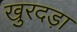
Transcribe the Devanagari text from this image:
खुरदड़ा